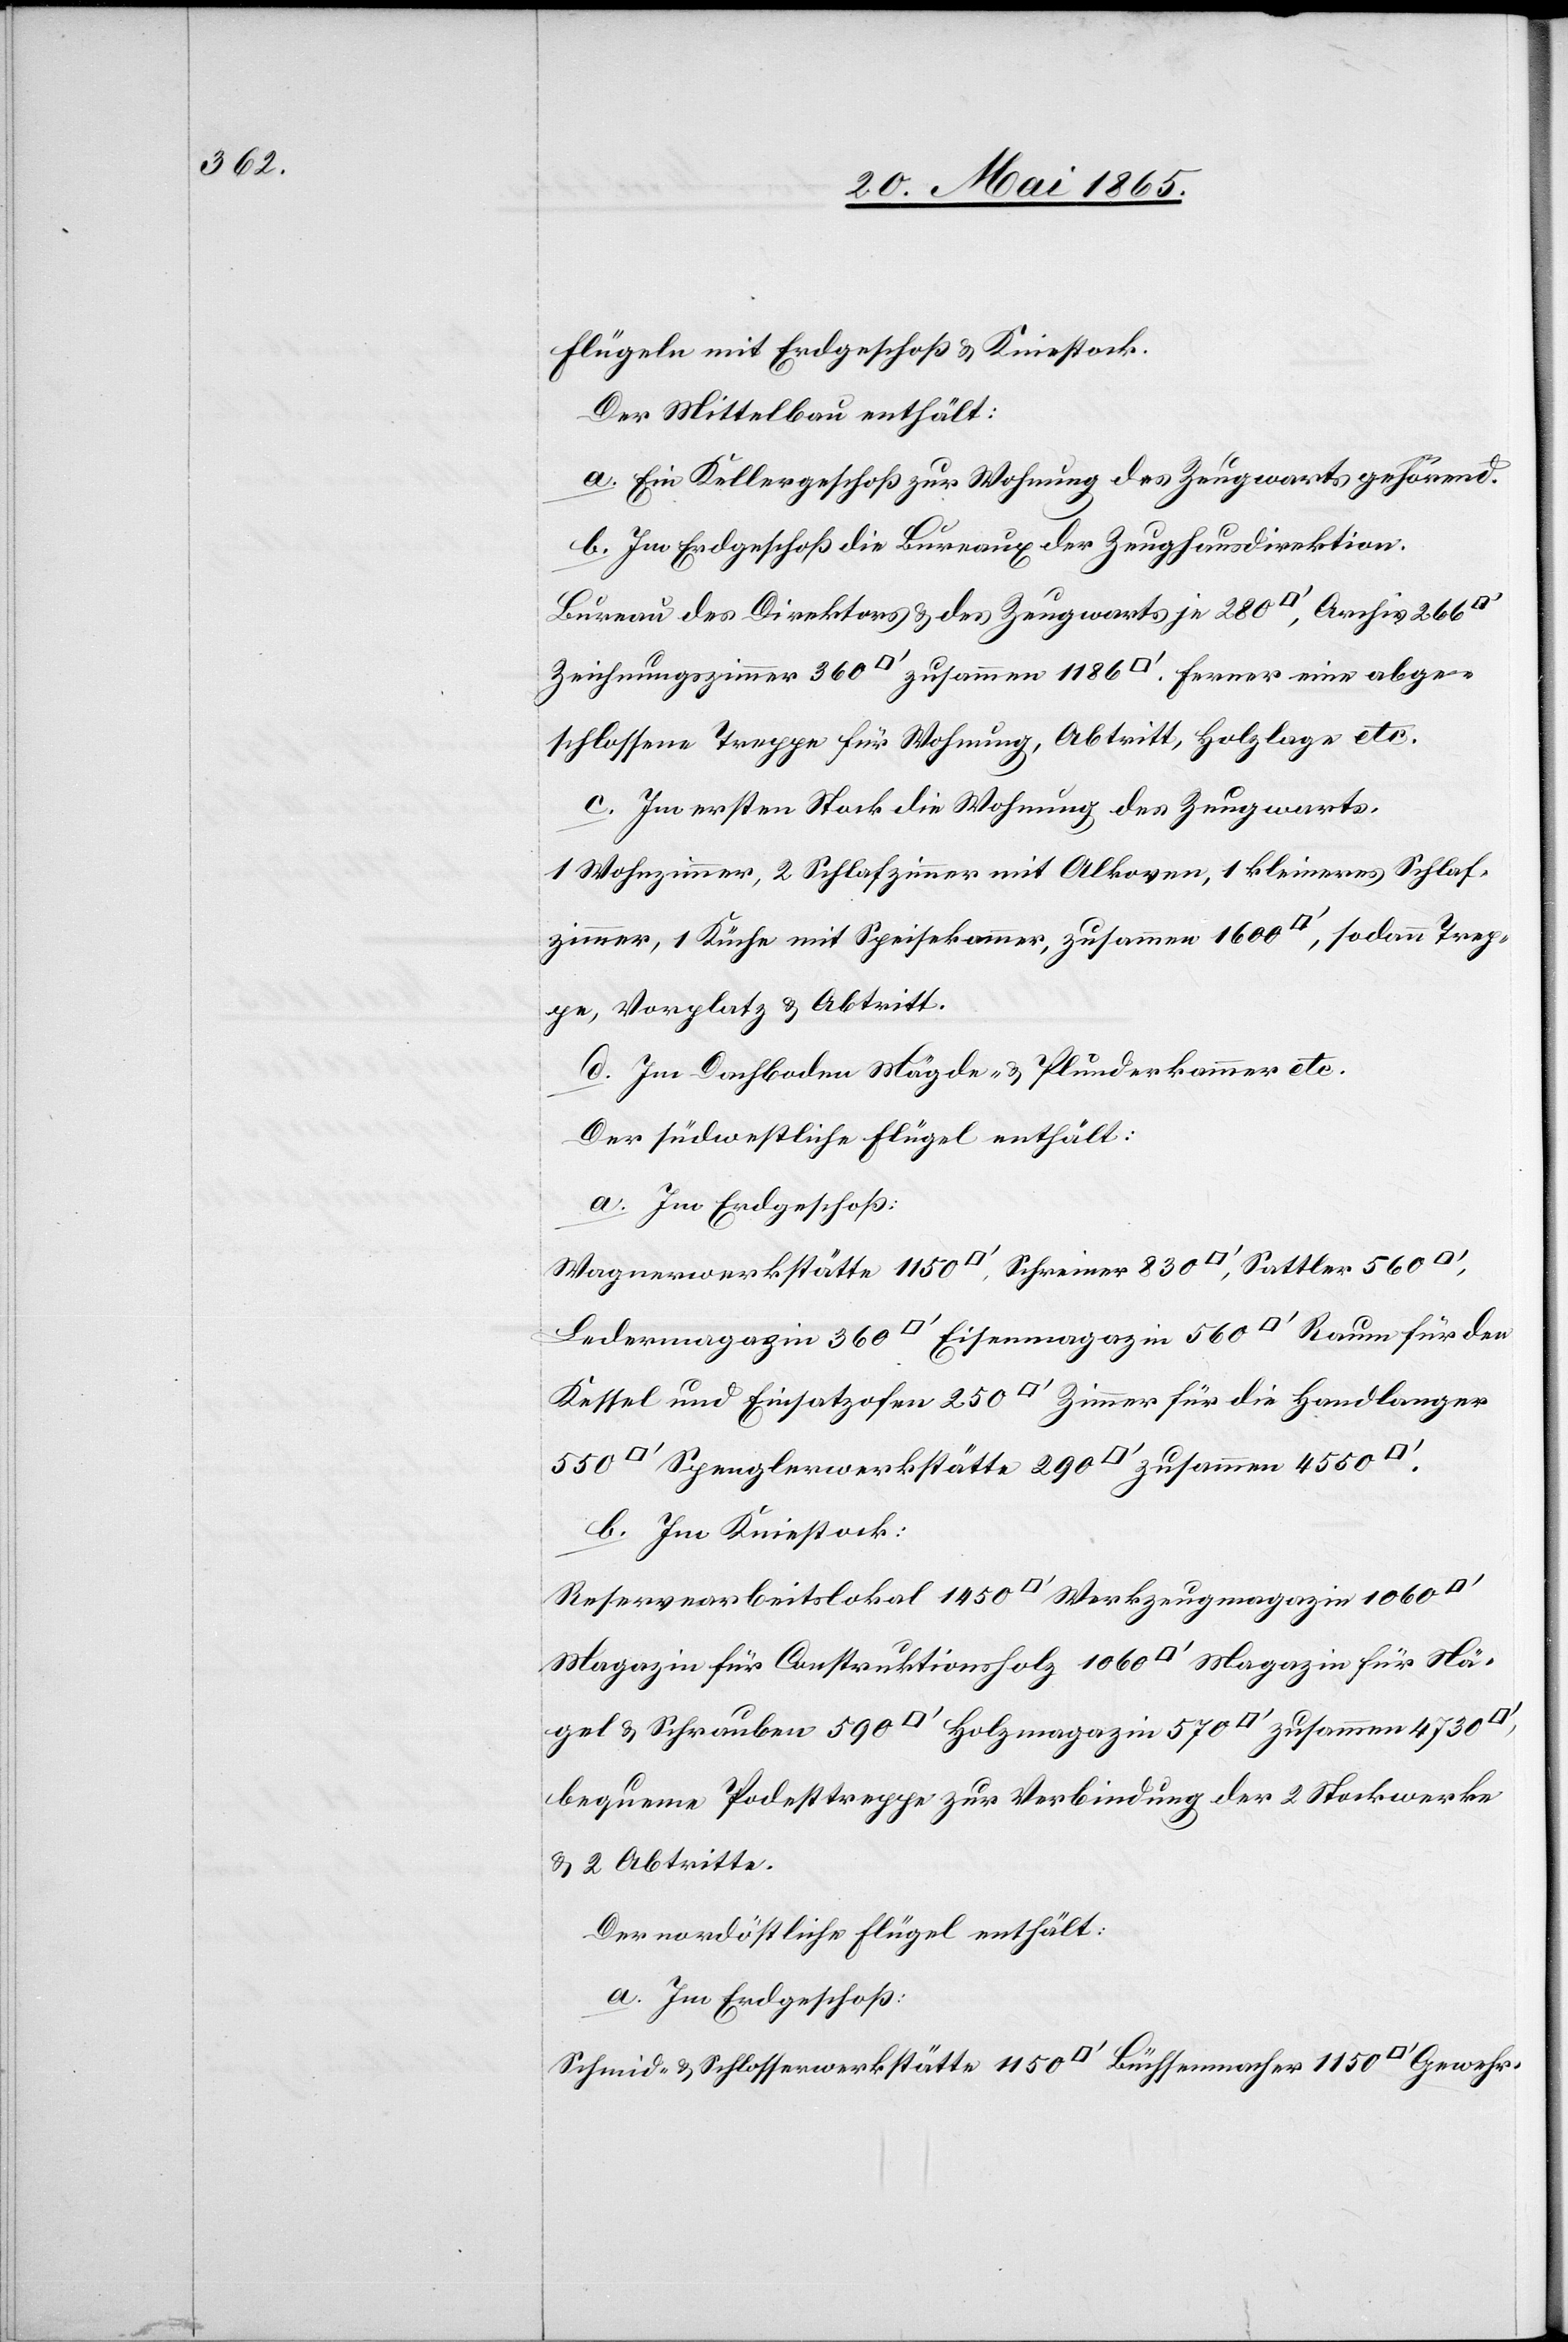
Flügeln mit Erdgeschoß & Kniestock.
Der Mittelbau enthält:
a. Ein Kellergeschoß zur Wohnung des Zeugwarts gehörend.
b. Im Erdgeschoß die Bureaux der Zeughausdirektion.
Bureau des Direktors & des Zeugwarts je 280 [Quadratfuss],
abgeschlossene Treppe für Wohnung, Abtritt, Holzlage etc.
c. Im ersten Stock die Wohnung des Zeugwarts.
1 Wohnzimmer, 2 Schlafzimmer mit Alkoven, 1 kleineres Schlaf¬
zimmer, 1 Küche mit Speisekammer, zusammen 1600 [Quadratfuss], sodann Trep¬
pe, Vorplatz & Abtritt.
d. Im Dachboden Mägde- & Plunderkammer etc.
Der südwestliche Flügel enthält:
a. Im Erdgeschoß:
Kessel und Einsatzofen 250 [Quadratfuss][,] Zimmer für die Handlanger
b. Im Kniestock:
Reservearbeitslokal 1450 [Quadratfuss][,] Werkzeugmagazin 1060
Magazin für Construktionsholz 1060 [Quadratfuss][,] Magazin für Nä¬
gel & Schrauben 590 [Quadratfuss][,] Holzmagazin 570 [Quadratfuss][,]
bequeme Podesttreppe zur Verbindung der 2 Stockwerke
& 2 Abtritte.
Der nordöstliche Flügel enthält:
a. Im Erdgeschoß:
Schmid- & Schlosserwerkstätte 1150 [Quadratfuss][,] Büchsenmacher 1150